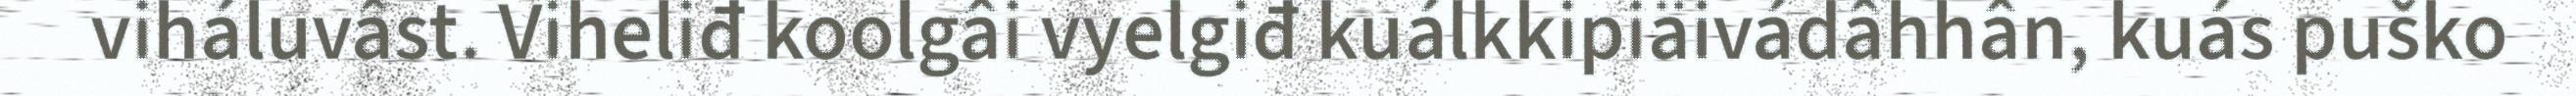
viháluvâst. Viheliđ koolgâi vyelgiđ kuálkkipiäivádâhhân, kuás puško